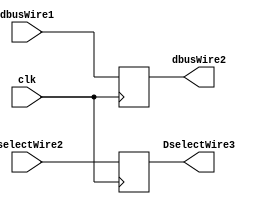
module pipeline_3_latch_3(clk, dbusWire1, DselectWire2, dbusWire2, DselectWire3);
  input clk;
  input [31:0] dbusWire1, DselectWire2;
  output [31:0] dbusWire2, DselectWire3;
  reg [31:0] dbusWire2, DselectWire3;
  always @(posedge clk) begin
    dbusWire2 = dbusWire1;
    DselectWire3 = DselectWire2;
  end
endmodule